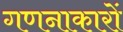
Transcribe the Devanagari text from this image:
गणनाकारों